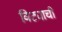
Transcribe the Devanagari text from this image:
विट्याची